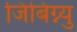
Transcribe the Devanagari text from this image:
जिबिग्न्यु